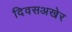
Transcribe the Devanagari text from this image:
दिवसअखेर